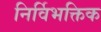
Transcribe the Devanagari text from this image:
निर्विभक्तिक